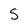
Character: S